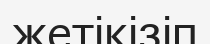
жетікізіп